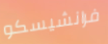
فرانشيسكو